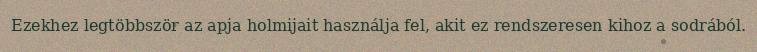
Ezekhez legtöbbször az apja holmijait használja fel, akit ez rendszeresen kihoz a sodrából.